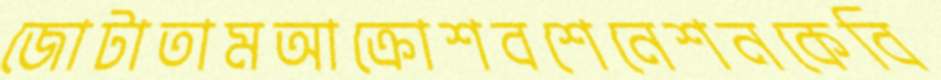
জোটাতামআক্রোশবশেনেশনকেবি